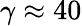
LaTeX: \gamma\approx 40